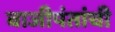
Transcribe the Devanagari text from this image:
बाजीपंतांची